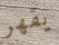
يقهر